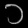
Digit: ၁